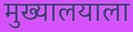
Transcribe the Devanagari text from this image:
मुख्यालयाला